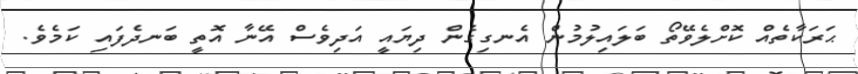
ޙަރަކާތެއް ކޮށްލެވޭތޯ ބަލައިލުމުން އެނގިގެން ދިޔައީ އަދިވެސް އޭނާ އޮތީ ބަނދެފައި ކަމެވެ.